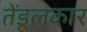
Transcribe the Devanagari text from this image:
तेंडूलकार